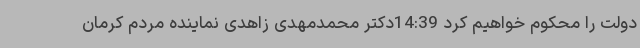
دولت را محکوم خواهیم کرد 14:39دکتر محمدمهدی زاهدی نماینده مردم کرمان